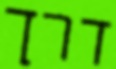
דרך